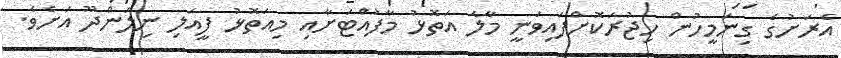
އެރަށުގެ ގިނަމީހުން ހިޖުރަކޮށްފައިވަނީ މާލެ އަތޮޅު މާފުއްޓަށާއި މިއަތޮޅު ފީއަލި ނިލަންދޫ އަށެވެ.